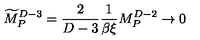
{ \widetilde M } _ { P } ^ { D - 3 } = { \frac { 2 } { D - 3 } } { \frac { 1 } { \beta \xi } } M _ { P } ^ { D - 2 } \rightarrow 0